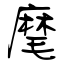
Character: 麾